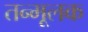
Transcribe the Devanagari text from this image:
तन्मूलक